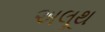
અલૂથ